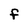
Character: f